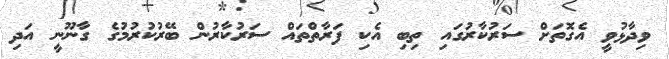
ވިދާޅުވީ އެގޮތަށް ސަރުކާރުގައި ތިިބި އެކި ފަރާތްތައް ސަރުކާރުން ބޭރުކުރުމުގެ ގާނޫނީ އަދި